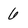
Character: 6